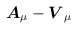
\begin{align*}\mbox{\boldmath$A$}_{\mu}-\mbox{\boldmath $V$}_{\mu}\end{align*}